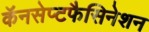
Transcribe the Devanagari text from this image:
कॅनसेप्टफैसिनेशन